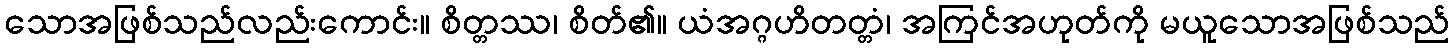
သောအဖြစ်သည်လည်းကောင်း။ စိတ္တဿ၊ စိတ်၏။ ယံအဂ္ဂဟိတတ္တံ၊ အကြင်အဟုတ်ကို မယူသောအဖြစ်သည်